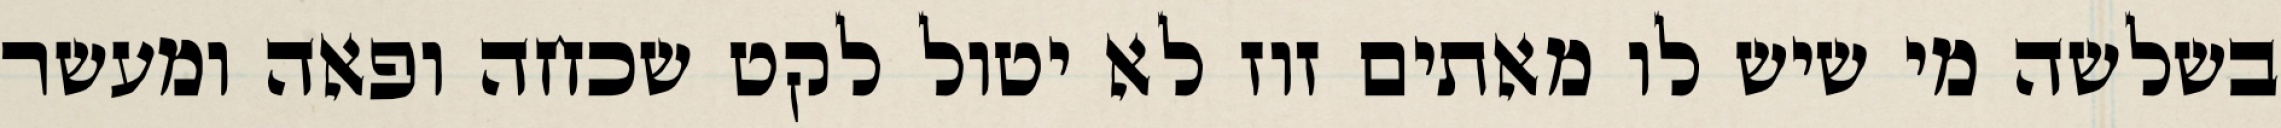
בשלשה מי שיש לו מאתים זוז לא יטול לקט שכחה ופאה ומעשר